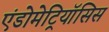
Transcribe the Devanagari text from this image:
एंडोमेट्रियॉसिस